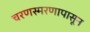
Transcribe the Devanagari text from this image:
चरणस्मरणापासून